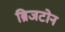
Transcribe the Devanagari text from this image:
ब्रिजटोन